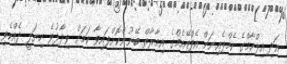
އަދި އިލްހާމްގެ ކެމްޕެއިނަށް އެފްއޭއެމްގެ އިމާރާތް ބޭނުންކޮށްފައިވާ ކަމަށް ވިދާޅުވެ ހިޔަލީ ދެއްކެވި